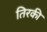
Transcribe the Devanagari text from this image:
तिरकी